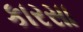
કારસા